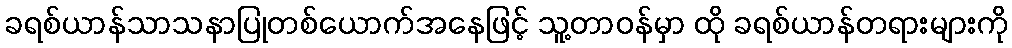
ခရစ်ယာန်သာသနာပြုတစ်ယောက်အနေဖြင့် သူ့တာဝန်မှာ ထို ခရစ်ယာန်တရားများကို